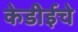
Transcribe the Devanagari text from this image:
केडीईचे